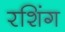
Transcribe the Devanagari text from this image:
रशिंग